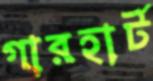
গারহার্ট